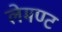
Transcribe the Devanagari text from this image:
लेमण्ट